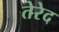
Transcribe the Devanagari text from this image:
तेरेद